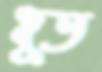
ধুত